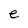
Character: e